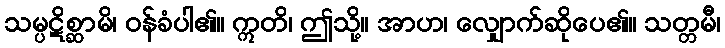
သမ္ပဋိစ္ဆာမိ၊ ဝန်ခံပါ၏။ ဣတိ၊ ဤသို့။ အာဟ၊ လျှောက်ဆိုပေ၏။ သတ္တမီ၊